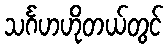
သင်္ဂဟဟိုတယ်တွင်